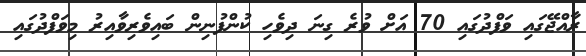
ރާއްޖޭގައި ވަފްދުގައި 70 އަށް ވުރެ ގިނަ ދިވެހި ކުންފުނިން ބައިވެރިވާއިރު މިވަފްދުގައި